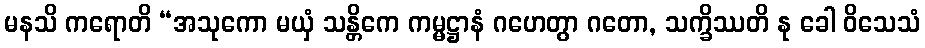
မနသိ ကရောတိ “အသုကော မယှံ သန္တိကေ ကမ္မဋ္ဌာနံ ဂဟေတွာ ဂတော, သက္ခိဿတိ နု ခေါ ဝိသေသံ